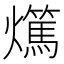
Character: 𤒘